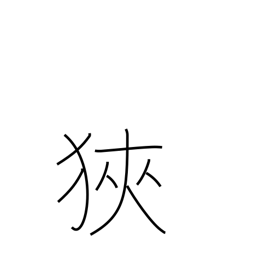
Meaning: reduce